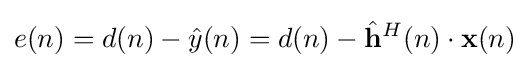
e(n)=d(n)-{\hat {y}}(n)=d(n)-{\hat {\mathbf {h} }}^{H}(n)\cdot \mathbf {x} (n)